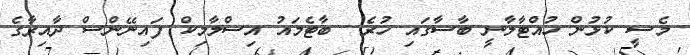
މެސީ ކުޅުން ހުއްޓާލާނީ ބާސާގައި ހުރެ  ބާޓެމައު އިސްލާމިކް ފައިނޭންސް ދާއިރާގެ